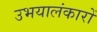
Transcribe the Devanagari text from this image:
उभयालंकारों